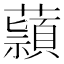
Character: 蘏